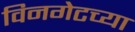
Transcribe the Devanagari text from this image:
विनगेटच्या